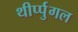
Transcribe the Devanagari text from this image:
थीर्प्पुगल